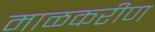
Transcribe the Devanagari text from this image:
माळकरीण